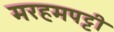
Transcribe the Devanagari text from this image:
मरहमपट्टी